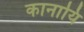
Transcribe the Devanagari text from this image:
कानायि